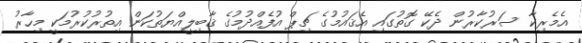
އެމެރިކާ ސަރުކާރުން ދެކޭ ގޮތުގައި އެޤައުމުގެ ޗިޕް އުފެއްދުމުގެ ޤާބިލީއްޔަތުކަން އިތުރުކުރުމަކީ މިހާރު